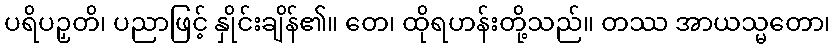
ပရိပဉှတိ၊ ပညာဖြင့် နှိုင်းချိန်၏။ တေ၊ ထိုရဟန်းတို့သည်။ တဿ အာယသ္မတော၊